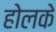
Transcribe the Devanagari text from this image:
होलके